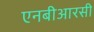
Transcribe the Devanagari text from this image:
एनबीआरसी